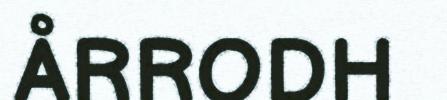
ÅRRODH